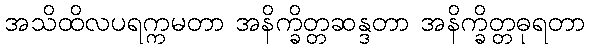
အသိထိလပရက္ကမတာ အနိက္ခိတ္တဆန္ဒတာ အနိက္ခိတ္တဓုရတာ